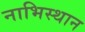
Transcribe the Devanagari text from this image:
नाभिस्थान